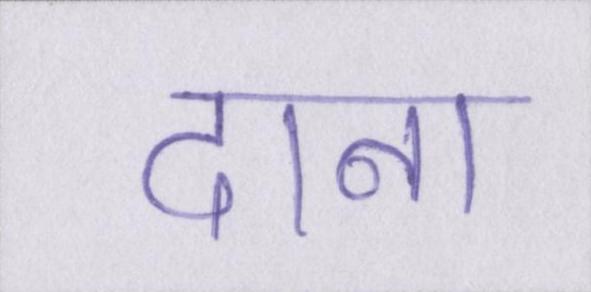
दाना